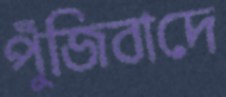
পুঁজিবাদে